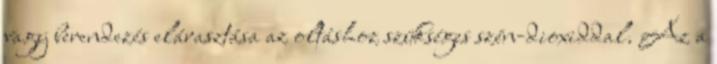
vagy berendezés elárasztása az oltáshoz szükséges szén-dioxiddal. Az a